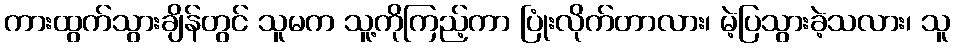
ကားထွက်သွားချိန်တွင် သူမက သူ့ကိုကြည့်ကာ ပြုံးလိုက်တာလား၊ မဲ့ပြသွားခဲ့သလား၊ သူ